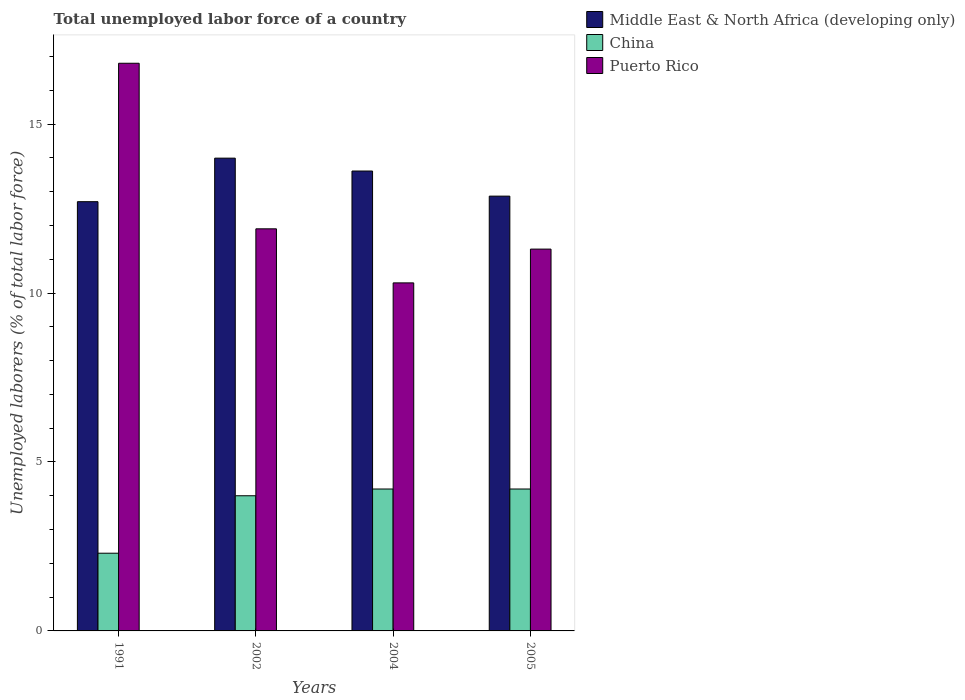
| Years | Middle East & North Africa (developing only) | China | Puerto Rico |
 | --- | --- | --- | --- |
 | 1991 | 12.7 | 2.3 | 16.8 |
 | 2002 | 14 | 4 | 11.9 |
 | 2004 | 13.6 | 4.2 | 10.3 |
 | 2005 | 12.9 | 4.2 | 11.3 |